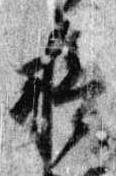
摂